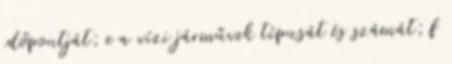
időpontját; e a vízi járművek típusát és számát; f